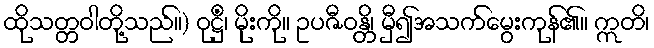
ထိုသတ္တဝါတို့သည်။) ဝုဋ္ဌိံ၊ မိုးကို။ ဥပဇီဝန္တိ၊ မှီ၍အသက်မွေးကုန်၏။ ဣတိ၊